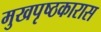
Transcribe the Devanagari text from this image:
मुखपृष्ठकारास